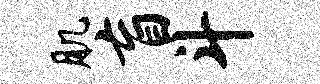
肌盲斗